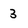
Character: 3